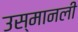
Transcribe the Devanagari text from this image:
उस्मानली